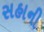
સહાની